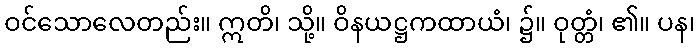
ဝင်သောလေတည်း။ ဣတိ၊ သို့။ ဝိနယဋ္ဌကထာယံ၊ ၌။ ဝုတ္တံ၊ ၏။ ပန၊